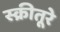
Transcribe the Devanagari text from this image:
स्क्रीतूरे